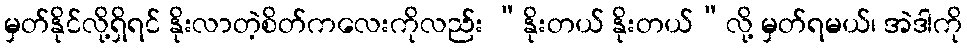
မှတ်နိုင်လို့ရှိရင် နိုးလာတဲ့စိတ်ကလေးကိုလည်း “နိုးတယ် နိုးတယ်”လို့ မှတ်ရမယ်၊ အဲဒါကို